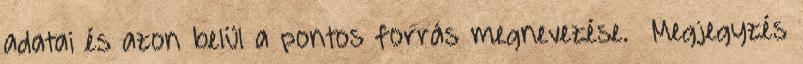
adatai és azon belül a pontos forrás megnevezése. Megjegyzés